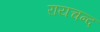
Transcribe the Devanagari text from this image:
रायचन्द